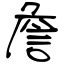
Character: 詹